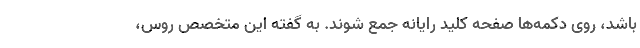
باشد، روی دکمه‌ها صفحه کلید رایانه جمع شوند. به گفته این متخصص روس،